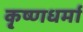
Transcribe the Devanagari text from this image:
कृ्ष्णधर्मा